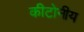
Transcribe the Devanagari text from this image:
कीटोनीय